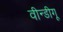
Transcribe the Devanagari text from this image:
वीन्डीगू